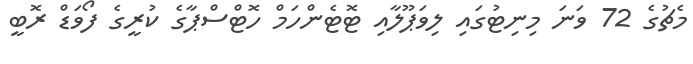
މެޗުގެ 72 ވަނަ މިނިޓުގައި ލިވަޕޫލާއި ޓޮޓެންހަމް ހޮޓްސްޕާގެ ކުރީގެ ފޯވަޑް ރޮބީ